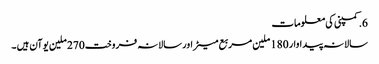
6.کمپنی کی معلومات
سالانہ پیداوار 180 ملین مربع میٹر اور سالانہ فروخت 270 ملین یوآن ہیں ۔